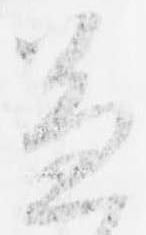
兼